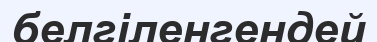
белгіленгендей